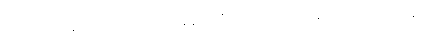
အောင်မြင်မှု နှစ်အပိုင်းအခြားသို့ အချိန်စောစီးစွာကပင် ရောက်နိုင်ခဲ့ပါလျက် ခင်ဦးနွယ်ရဲ့